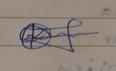
Signature authenticity: genuine